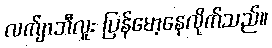
လက်ျာဘီလူး ပြန်မော့နေလိုက်သည်။